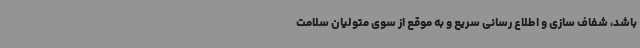
باشد، شفاف سازی و اطلاع رسانی سریع و به موقع از سوی متولیان سلامت